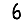
Digit: 6